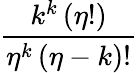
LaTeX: \frac{k^{k}\left(\eta!\right)}{\eta^{k}\left(\eta-k\right)!}